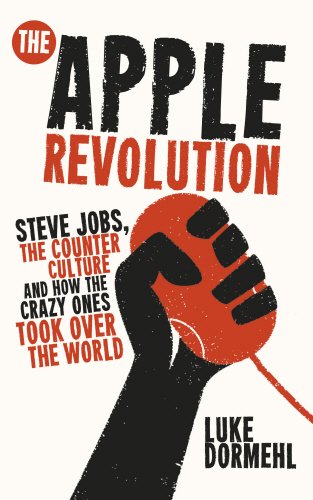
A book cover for The Apple Revolution: Steve Jobs, the Counter Culture and How the Crazy Ones Took Over the World; Luke Dormehl; Computers & Technology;